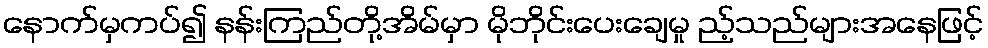
နောက်မှကပ်၍ နန်းကြည်တို့အိမ်မှာ မိုဘိုင်းပေးချေမှု ည့်သည်များအနေဖြင့်